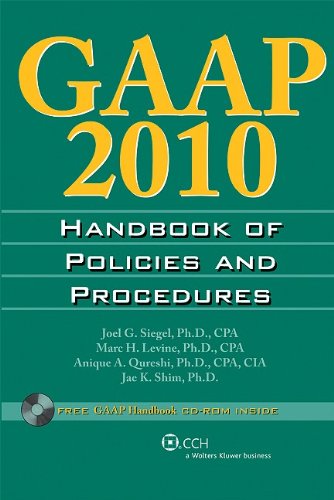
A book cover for GAAP Handbook of Policies and Procedures (w/CD-ROM), 2010 (GAAP Handbook of Policies & Procedures); PhD, CPA Joel G. Siegel; Business & Money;